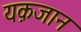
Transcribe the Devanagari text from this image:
यक़जान